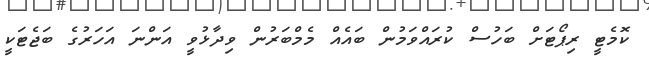
ކޮމެޓީ ރިޕޯޓަށް ބަހުސް ކުރައްވަމުން ބައެއް މެމްބަރުން ވިދާޅުވީ އަންނަ އަހަރުގެ ބަޖެޓަކީ